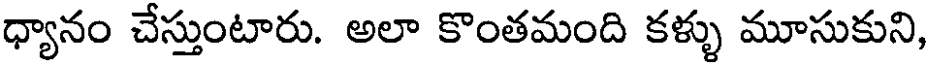
ధ్యానం చేస్తుంటారు. అలా కొంతమంది కళ్ళు మూసుకుని,